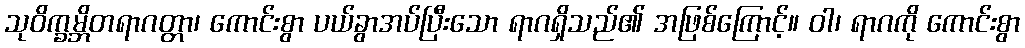
သုဝိက္ခမ္ဘိတရာဂတ္တာ၊ ကောင်းစွာ ပယ်ခွာအပ်ပြီးသော ရာဂရှိသည်၏ အဖြစ်ကြောင့်။ ဝါ၊ ရာဂကို ကောင်းစွာ